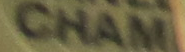
CHAM